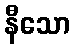
နီသော